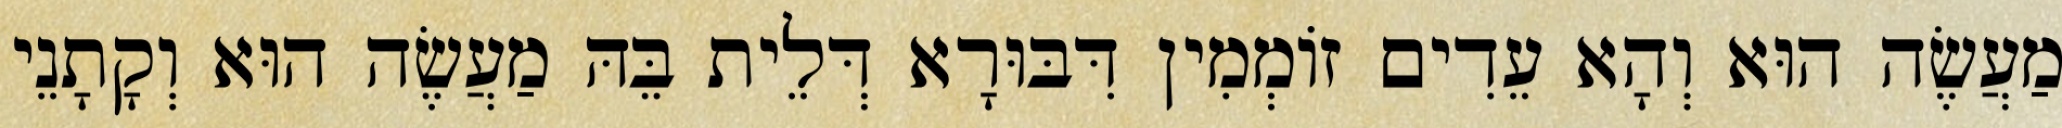
מַעֲשֶׂה הוּא וְהָא עֵדִים זוֹמְמִין דִּבּוּרָא דְּלֵית בֵּהּ מַעֲשֶׂה הוּא וְקָתָנֵי